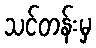
သင်တန်းမှ